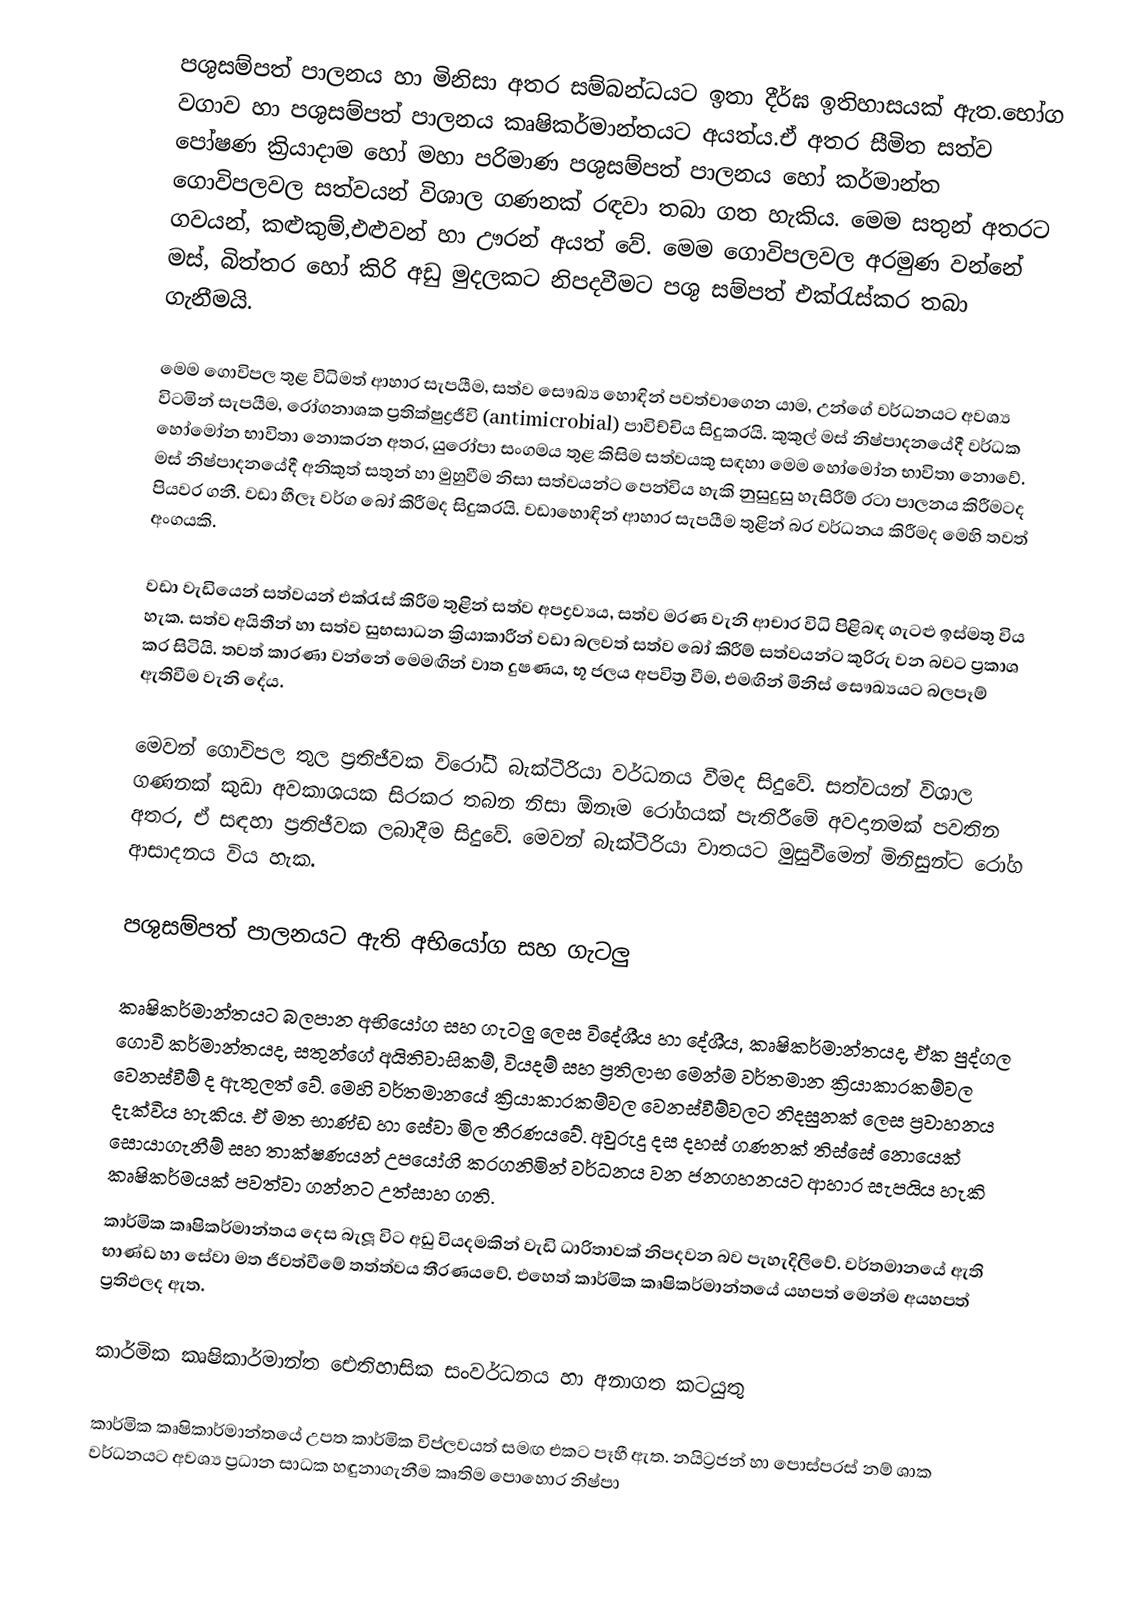
පශුසම්පත් පාලනය හා මිනිසා අතර සම්බන්ධයට ඉතා දීර්ඝ ඉතිහාසයක් ඇත.භෝග වගාව හා පශුසම්පත් පාලනය කෘෂිකර්මාන්තයට අයත්ය.ඒ අතර  සීමිත සත්ව පෝෂණ ක්‍රියාදාම හෝ මහා පරිමාණ  පශුසම්පත් පාලනය හෝ කර්මාන්ත ගොවිපලවල සත්වයන් විශාල ගණනක් රඳවා තබා ගත හැකිය. මෙම සතුන් අතරට  ගවයන්, කළුකුම්,එළුවන් හා ඌරන් අයත් වේ. මෙම ගොවිපලවල අරමුණ වන්නේ මස්, බිත්තර හෝ කිරි අඩු මුදලකට නිපදවීමට පශු සම්පත් එක්රැස්කර තබා ගැනීමයි.

මෙම ගොවිපල තුළ විධිමත් ආහාර සැපයීම, සත්ව සෞඛ්‍ය හොඳින් පවත්වාගෙන යාම, උන්ගේ වර්ධනයට අවශ්‍ය විටමින් සැපයීම, රෝගනාශක  ප්‍රතික්ෂුද්‍රජීවි (antimicrobial) පාවිච්චිය සිදුකරයි. කුකුල් මස් නිෂ්පාදනයේදී වර්ධක හෝමෝන භාවිතා නොකරන අතර, යුරෝපා සංගමය තුළ කිසිම සත්වයකු සඳහා මෙම හෝමෝන භාවිතා නොවේ. මස් නිෂ්පාදනයේදී අනිකුත් සතුන් හා මුහුවීම නිසා සත්වයන්ට පෙන්විය හැකි නුසුදුසු හැසිරීම් රටා පාලනය කිරීමටද පියවර ගනී. වඩා හීලෑ වර්ග බෝ කිරීමද සිදුකරයි. වඩා‍හොඳින් ආහාර සැපයීම තුළින් බර වර්ධනය කිරීමද මෙහි තවත් අංගයකි.

වඩා වැඩියෙන් සත්වයන් එක්රැස් කිරීම තුළින් සත්ව අපද්‍රව්‍යය, සත්ව මරණ වැනි ආචාර විධි පිළිබඳ ගැටළු ඉස්මතු විය හැක. සත්ව අයිතීන් හා සත්ව සුභසාධන ක්‍රියාකාරීන් වඩා බලවත් සත්ව බෝ කිරීම් සත්වයන්ට කුරිරු වන බවට ප්‍රකාශ කර සිටියි. තවත් කාරණා වන්නේ මෙමඟින් වාත දුෂණය, භූ ජලය අපවිත්‍ර වීම, එමඟින් මිනිස් සෞඛ්‍යයට බලපෑම් ඇතිවීම වැනි දේය.

මෙවන් ගොවිපල තුල ප්‍රතිජීවක විරෝධී බැක්ටීරියා වර්ධනය වීමද සිදුවේ. සත්වයන් විශාල ගණනක් කුඩා අවකාශයක සිරකර තබන නිසා ඕනෑම රෝගයක් පැතිරීමේ අවදානමක් පවතින අතර, ඒ සඳහා ප්‍රතිජීවක ලබාදීම සිදුවේ.   මෙවන් බැක්ටීරියා වාතයට මුසුවීමෙන් මිනිසුන්ට රෝග ආසාදනය විය හැක.

පශුසම්පත් පාලනයට ඇති අභියෝග සහ ගැටලු

කෘෂිකර්මාන්තයට බලපාන අභියෝග සහ ගැටලු ලෙස විදේශීය හා දේශීය,  කෘෂිකර්මාන්තයද, ඒක පුද්ගල ගොවි කර්මාන්තයද, සතුන්ගේ අයිතිවාසිකම්, වියදම් සහ ප්‍රතිලාභ මෙන්ම වර්තමාන ක්‍රියාකාරකම්වල වෙනස්වීම් ද ඇතුලත් වේ. මෙහි වර්තමානයේ ක්‍රියාකාරකම්වල වෙනස්වීම්වලට නිදසුනක් ලෙස  ප්‍රවාහනය දැක්විය හැකිය. ඒ මත භාණ්ඩ හා සේවා මිල තීරණයවේ. අවුරුදු දස දහස් ගණනක් තිස්සේ නොයෙක් සොයාගැනීම් සහ තාක්ෂණයන් උපයෝගි කරගනිමින් වර්ධනය වන ජනගහනයට ආහාර සැපයිය හැකි කෘෂිකර්මයක් පවත්වා ගන්නට උත්සාහ ගති.
කාර්මික කෘෂිකර්මාන්තය දෙස බැලූ විට අඩු වියදමකින් වැඩි ධාරිතාවක් නිපදවන බව පැහැදිලිවේ. වර්තමානයේ ඇති භාණ්ඩ හා සේවා මත ජීවත්වීමේ තත්ත්වය තීරණයවේ. එහෙත් කාර්මික කෘෂිකර්මාන්තයේ  යහපත් මෙන්ම අයහපත් ප්‍රතිඵලද ඇත.

කාර්මික කෘෂිකාර්මාන්ත ඓතිහාසික සංවර්ධනය හා අනාගත කටයුතු

කාර්මික කෘෂිකාර්මාන්තයේ උපත කාර්මික විප්ලවයත් සමඟ එකට පෑහී ඇත. නයිට්‍රජන් හා පොස්පරස් නම් ශාක වර්ධනයට අවශ්‍ය ප්‍රධාන සාධක හඳුනාගැනීම කෘතිම පොහොර නිෂ්පා